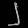
Digit: ၂